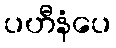
ပဟီနံပေ